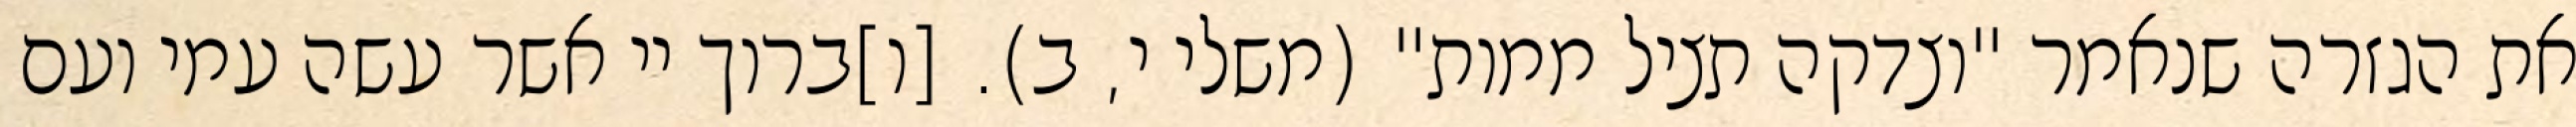
את הגזרה שנאמר "וצדקה תציל ממות" (משלי י, ב). [ו]ברוך יי אשר עשה עמי ועם